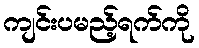
ကျင်းပမည့်ရက်ကို